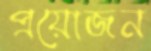
প্রয়োজন